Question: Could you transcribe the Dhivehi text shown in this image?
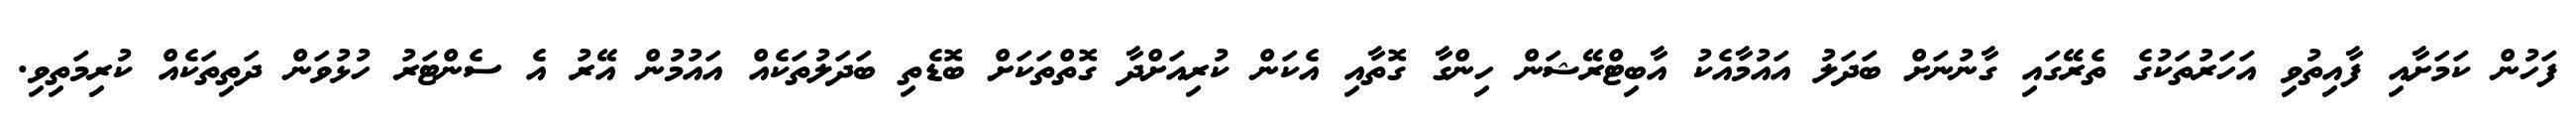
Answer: ފަހުން ކަމަށާއި ފާއިތުވި އަހަރުތަކުގެ ތެރޭގައި ގާނުނަށް ބަދަލު އައުމާއެކު އާބިޓްރޭޝަން ހިންގާ ގޮތާއި އެކަން ކުރިއަށްދާ ގޮތްތަކަށް ބޮޑެތި ބަދަލުތަކެއް އައުމުން އޭރު އެ ސެންޓަރު ހުޅުވަން ދަތިތަކެއް ކުރިމަތިވި.